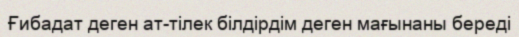
Ғибадат деген ат-тілек білдірдім деген мағынаны береді